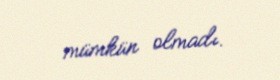
mümkün olmadı.